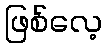
ဖြစ်လေ့